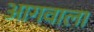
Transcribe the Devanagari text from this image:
आगवाला